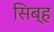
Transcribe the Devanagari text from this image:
सिब्ह